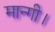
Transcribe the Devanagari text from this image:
मान्गी।